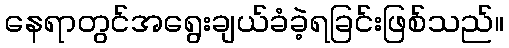
နေရာတွင်အရွေးချယ်ခံခဲ့ရခြင်းဖြစ်သည်။